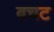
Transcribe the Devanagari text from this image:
बचट